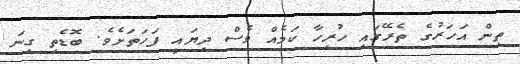
ތިން އަހަރުގެ ތެރޭގައި ހުރިހާ ކަމެއް ވެސް ދިޔައީ ފަހަތަށެވެ. ބޮޑެތި ގިނަ